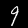
Label: 9